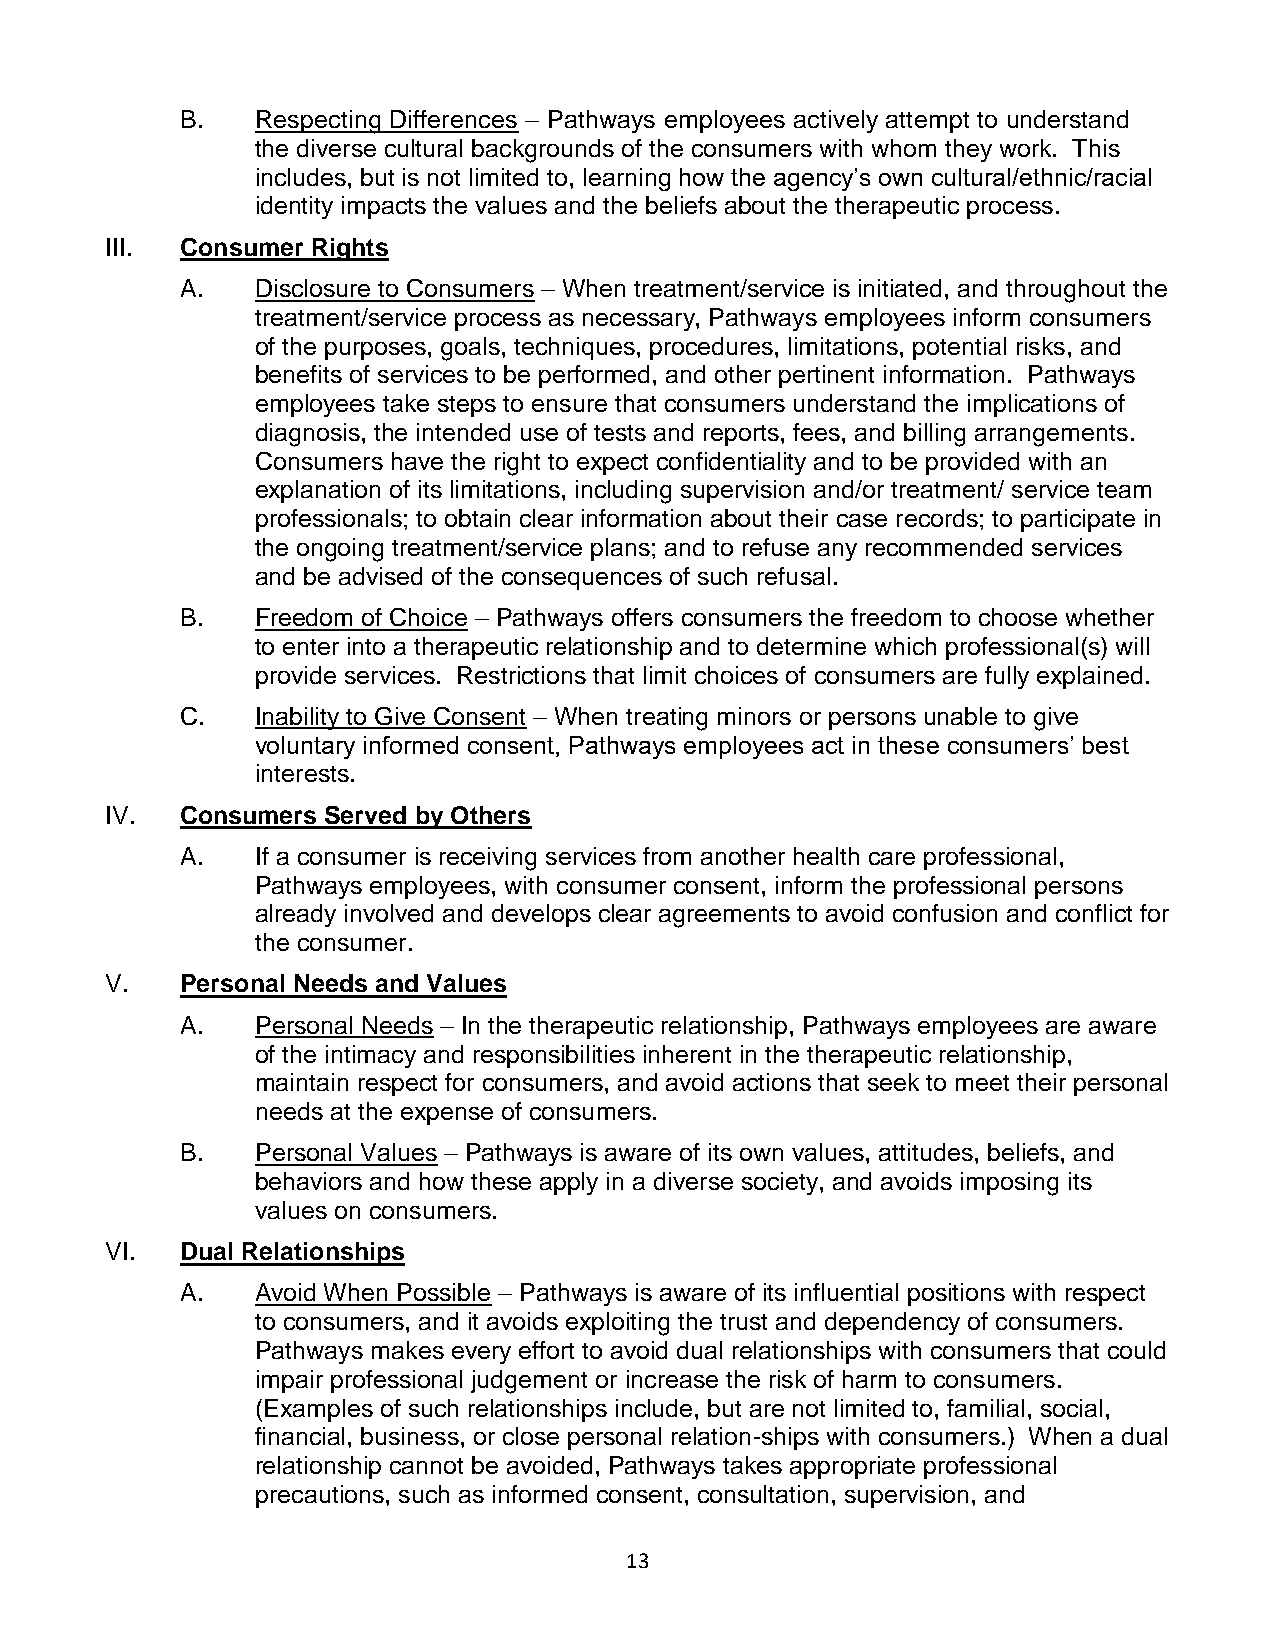
B.   Respecting Differences – Pathways employees actively attempt to understand
 the diverse cultural backgrounds of the consumers with whom they work. This
 includes, but is not limited to, learning how the agency’s own cultural/ethnic/racial
 identity impacts the values and the beliefs about the therapeutic process.
 III. Consumer Rights
 A.   Disclosure to Consumers – When treatment/service is initiated, and throughout the
 treatment/service process as necessary, Pathways employees inform consumers
 of the purposes, goals, techniques, procedures, limitations, potential risks, and
 benefits of services to be performed, and other pertinent information. Pathways
 employees take steps to ensure that consumers understand the implications of
 diagnosis, the intended use of tests and reports, fees, and billing arrangements.
 Consumers have the right to expect confidentiality and to be provided with an
 explanation of its limitations, including supervision and/or treatment/ service team
 professionals; to obtain clear information about their case records; to participate in
 the ongoing treatment/service plans; and to refuse any recommended services
 and be advised of the consequences of such refusal.
 B.   Freedom of Choice – Pathways offers consumers the freedom to choose whether
 to enter into a therapeutic relationship and to determine which professional(s) will
 provide services. Restrictions that limit choices of consumers are fully explained.
 C.   Inability to Give Consent – When treating minors or persons unable to give
 voluntary informed consent, Pathways employees act in these consumers’ best
 interests.
 IV.  Consumers Served by Others
 A.   If a consumer is receiving services from another health care professional,
 Pathways employees, with consumer consent, inform the professional persons
 already involved and develops clear agreements to avoid confusion and conflict for
 the consumer.
 V.   Personal Needs and Values
 A.   Personal Needs – In the therapeutic relationship, Pathways employees are aware
 of the intimacy and responsibilities inherent in the therapeutic relationship,
 maintain respect for consumers, and avoid actions that seek to meet their personal
 needs at the expense of consumers.
 B.   Personal Values – Pathways is aware of its own values, attitudes, beliefs, and
 behaviors and how these apply in a diverse society, and avoids imposing its
 values on consumers.
 VI.  Dual Relationships
 A.   Avoid When Possible – Pathways is aware of its influential positions with respect
 to consumers, and it avoids exploiting the trust and dependency of consumers.
 Pathways makes every effort to avoid dual relationships with consumers that could
 impair professional judgement or increase the risk of harm to consumers.
 (Examples of such relationships include, but are not limited to, familial, social,
 financial, business, or close personal relation-ships with consumers.) When a dual
 relationship cannot be avoided, Pathways takes appropriate professional
 precautions, such as informed consent, consultation, supervision, and
 13